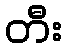
တီး